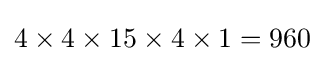
4\times 4\times 15\times 4\times 1=960